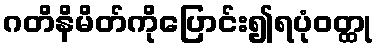
ဂတိနိမိတ်ကိုပြောင်း၍ရပုံဝတ္ထု